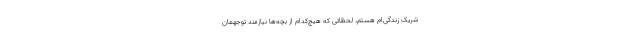
شریک زندگی‌ام هستم، لحظاتی که هیچ‌کدام از بچه‌ها نیازمند توجهمان